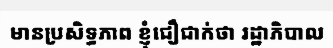
មានប្រសិទ្ធភាព ខ្ញុំជឿជាក់ថា រដ្ឋាភិបាល